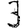
Digit: 3